Indian journal of veterinary science and animal husbandry - Volumes 15-17, 1948-1951
Year: 1948
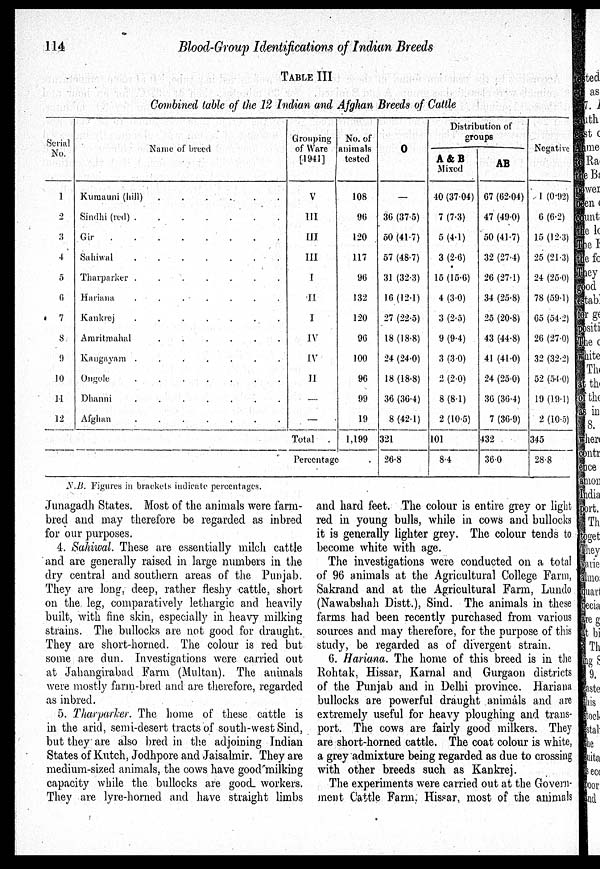
114
Blood-Group Identifications of Indian Breeds
TABLE III
Combined table of the 12 Indian and Afghan Breeds of Cattle
Serial
No.
1
2
3
4
5
6
7
8
9
10
11
12
Name of breed
Kumauni (hill) . . . . .
Sindhi (red) .
.
.
. .
Gir
.
.
.
Sahiwal
.
.
.
. . .
Tharparker .
.
.
. . .
Hariana
. . . . . . .
Kankrej
.
.
.
. . .
Amritmahal . . . . . .
Kangayam .
.
.
. . .
Ongole
.
.
.
. . .
Dhanni
.
.
.
. . ..
Afghan
.
.
.
. . ..
Grouping
of Ware
[1941]
V
III
III
III
I
II
I
IV
IV
II
—
—
Total
Percentage
No. of
animals
tested
108
96
120
117
96
132
120
96
100
96
99
19
1,199
O
—
36 (37.5)
50 (41.7)
57 (48.7)
31 (32.3)
16 (12.1)
27 (22.5)
18 (18.8)
24 (24.0)
18 (18.8)
36 (36.4)
8 (42.1)
321
26.8
Distribution of
groups
A & B
Mixed
40 (37.04)
7 (7.3)
5 (4.1)
3 (2.6)
15 (15.6)
4 (3.0)
3 (2.5)
9 (9.4)
3 (3.0)
2 (2.0)
8 (8.1)
2 (10.5)
101
8.4
-
AB
67 (62.04)
47 (49.0)
50 (41.7)
32 (27.4)
26 (27.1)
34 (25.8)
25 (20.8)
43 (44.8)
41 (41.0)
24 (25.0)
36 (36.4)
7 (36.9)
432
36.0
Negative
1 (0.92)
6 (6.2)
15 (12.3)
25 (21.3)
24 (25.0)
78 (59.1)
65 (54.2)
26 (27.0)
32 (32.2)
52 (54.0)
19 (19.1)
2 (10.5)
345
28.8
N.B. Figures in brackets indicate percentages.
Junagadh States. Most of the animals were farm-
bred and may therefore be regarded as inbred
for our purposes.
4. Sahiwal. These are essentially milch cattle
and are generally raised in large numbers in the
dry central and southern areas of the Punjab.
They are long, deep, rather fleshy cattle, short
on the leg, comparatively lethargic and heavily
built, with fine skin, especially in heavy milking
strains. The bullocks are not good for draught.
They are short-horned. The colour is red but
some are dun. Investigations were carried out
at Jahangirabad Farm (Multan). The animals
were mostly farm-bred and are therefore, regarded
as inbred.
5. Tharparker. The home of these cattle is
in the arid, semi-desert tracts of south-west Sind,
but they" are also bred in the adjoining Indian
States of Kutch, Jodhpore and Jaisalmir. They are
medium-sized animals, the cows have good milking
capacity while the bullocks are good workers.
They are lyre-horned and have straight limbs
and hard feet. The colour is entire grey or light
red in young bulls, while in cows and bullocks
it is generally lighter grey. The colour tends to
become white with age.
The investigations were conducted on a total
of 96 animals at the Agricultural College Farm,
Sakrand and at the Agricultural Farm, Lundo
(Nawabshah Distt.), Sind. The animals in these
farms had been recently purchased from various
sources and may therefore, for the purpose of this
study, be regarded as of divergent strain.
6. Hariana. The home of this breed is in the
Rohtak, Hissar, Karnal and Gurgaon districts
of the Punjab and in Delhi province. Hariana
bullocks are powerful draught animals and are
extremely useful for heavy ploughing and trans-
port. The cows are fairly good milkers. They
are short-horned cattle. The coat colour is white,
a grey admixture being regarded as due to crossing
with other breeds such as Kankrej.
The experiments were carried out at the Govern-
ment Cattle Farm, Hissar, most of the animals